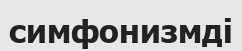
симфонизмді